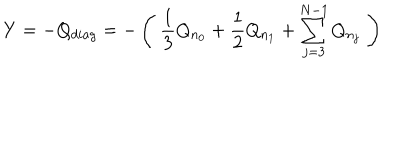
LaTeX: Y = - Q _ { d i a g } = - \left( \; \frac 1 3 Q _ { n _ { 0 } } + \frac 1 2 Q _ { n _ { 1 } } + \sum _ { j = 3 } ^ { N - 1 } Q _ { n _ { j } } \; \right)